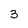
Character: 3